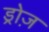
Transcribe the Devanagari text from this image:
ड्रोज़